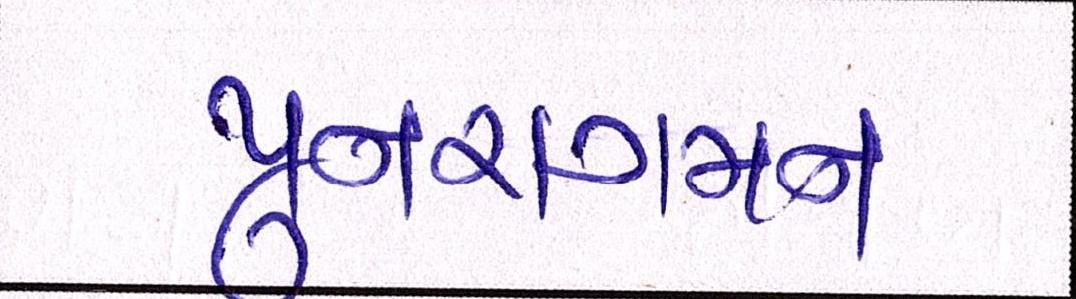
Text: પુનરાગમન